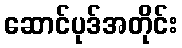
ဆောင်ပုဒ်အတိုင်း